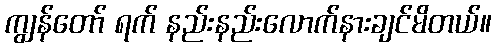
ကျွန်တော် ရက် နည်းနည်းလောက်နားချင်မိတယ်။